Medical and sanitary report of the native army of Bengal for the year
Year: 1877
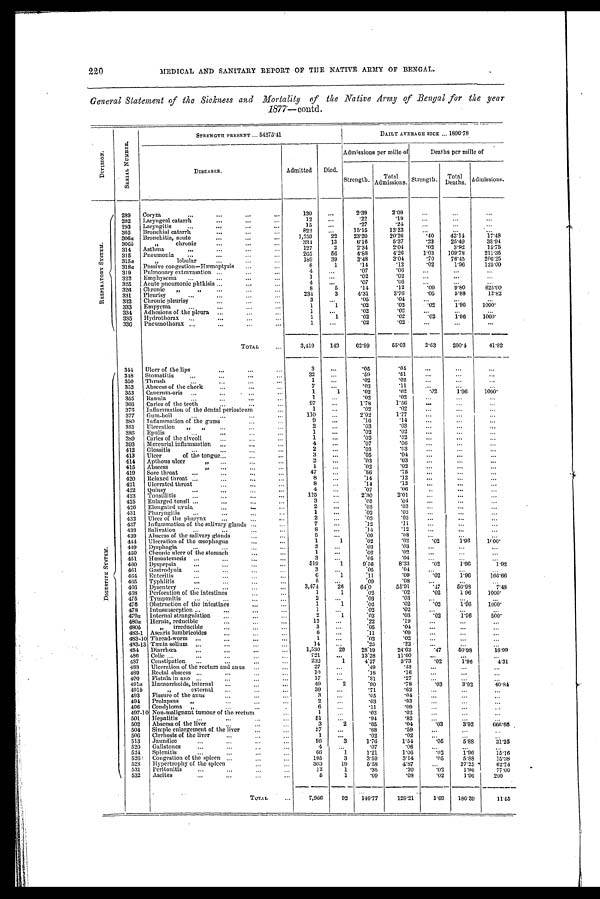
220 MEDICAL AND SANITARY REPORT OF THE NATIVE ARMY OF BENGAL.
General Statement of the Sickness and Mortality of the Native Army of Bengal for the year
1877—contd.
D I V I S I O N
S E R I A L N U M B E R .
S T R E N G T H P R E S E N T . . . 5 4 2 7 5 . 4 1
DAILY AVERAGE SICK ... 1896.78
Admissions per mille of
Deaths per mille of
DISEASES.
Admitted Died.
Strength. Total
Admissions.
Strength.
T o t a l D e a t h s . Admissions.
R E S P I R A T O R Y S Y S T E M
289 Coryza
...
... ... ...
130 ...
2 . 3 9
2 . 0 9
...
...
...
12 ...
. 2 2
. 1 9
...
. . . ...
292 Laryngeal catarrh
... ...
15 ...
. 2 7
. 2 4
. . .
...
...
293 Laryngitis
...
... ...
822 ...
1 5 . 1 5
1 3 . 2 3
...
...
...
305 Bronchial catarrh
... ...
1,259
22 2 3 . 2 0
2 0 . 2 6
. 4 0
4 3 . 1 4
1 7 . 4 8
306a Bronchitis, acute
... ... ...
334
13
6 . 1 6
5 . 3 7
. 2 3
2 5 . 4 9
3 8 . 9 4
300b
" chronic
...
...
...
127
2
2.34
2 . 0 4
. 0 2
3 . 9 2
1 5 . 7 5
314 Asthma
...
...
...
2 6 5
56
4 . 8 8
4 . 2 6
1 . 0 3
1 0 9 . 7 8
2 1 1 . 3 5
315 Pneumonia ...
... ... ...
189
39
3 . 4 8
3 . 0 4
. 7 0
7 6 . 4 5
2 0 6 . 2 5
315a
" l o b u l a r
8
1
. 1 4
. 1 2
.02
1 . 9 6
1 2 5 . 0 0
318a Passive congestion—Hæmoptysis ... ...
4 ...
. 0 7
. 0 6
. . . ...
...
319 Pulmonary extravasation ...
...
1 ... .2
. 0 2
. . . ...
...
322 Emphysema ...
... ... ...
4 ...
. 0 7
. 0 6
. . .
...
...
325 Acute pneumonic phthisis ...
...
...
8
5
. 1 4
. 1 2
. 0 9
9 . 8 0
6 2 5 . 0 0
326 Chronic "
" . . .
. . .
234
3
4 . 3 1
3 . 7 6
. 0 5
5 . 8 8
1 2 . 8 2
331 Pleurisy
.
..
...
3 ...
. 0 5
. 0 4
...
. . . ...
332 Chronic pleurisy
. . .
. . .
. . .
1
1
. 0 2
. 0 2
.02
1 . 9 6
1 0 0 0 .
333 Empyema
...
. . .
. . .
. . .
1
...
. 0 2
. 0 2
...
...
...
334 Adhesions of the pleura ...
...
. . .
1
1
. 0 2
. 0 2
. 0 2 1 . 9 6 1000.
335 Hydrothorax
1 ...
. 0 2
. 0 2
...
...
...
330 Pneumothorax ...
. . .
. . .
. . .
TOTAL
...
3,419 143 62.99
5 5 . 0 3
2.63
2 8 0 . 4
41.82
D I G E S T I V E S Y S T E M .
314 Ulcer of the lips..
3 ...
. 0 5
. 0 4
...
...
...
348 Stomatitis
...
. . .
. . .
. . .
32 ...
. 5 9
. 5 1
...
...
...
350 Thrush
...
...
...
1 ...
. 0 2
. 0 2
...
...
...
352 Abscess of the cheek
...
...
...
7 ...
. 0 3
.11
...
...
...
353
C a n c r u m - o r i s
1
1
. 0 2
.02
. 0 2 1.96 1000.
355 Ranula...
...
...
1
. . .
. 0 2
. 0 2
...
...
...
366 Caries of the teeth . . .
. . .
97 ...
1 . 7 8
1 . 5 6
...
...
...
376 Inflammation of the dental periosteum . . .
1 ...
. 0 2
. 0 2
...
...
...
377 Gum-boil...
...
. . .
1 1 0 ...
2 . 0 2
1 . 7 7 ...
...
...
380 Inflammation of the gums
9 ...
. 1 6
. 1 4
. . .
. . .
...
381 Ulceration " "
. . .
. . .
2 ...
. 0 3
. 0 3
. . .
. . .
...
386 Epulis
. . .
. . .
. . .
1 ...
. 0 2
. 0 2
...
. . . ...
389 Caries of the alveoli...
...
1 ...
. 0 2
. 0 2
...
...
...
393 Mercurial inflammation ...
...
...
4 ...
. 0 7
. 0 6
...
... ...
412 Glossitis
...
. . .
. . .
. . .
2 ...
. 0 3
. 0 3
. . .
...
...
413 Ulcer of the tongue...
. . .
3 ...
. 0 5
. 0 4
. . .
...
...
414 Apthous ulcer " ...
2 ...
. 0 3
. 0 3
. . .
...
...
415 Abscess " ...
1 ...
. 0 2
. 0 2
...
...
...
419 Sore throat ......
...
...
47 ...
. 8 6
. 7 5
...
...
. . .
420 Relaxed throat .......
8 ...
. 1 4
. 1 2
...
...
. . .
421 Ulcerated throat
...
. . .
8 ...
. 1 4
. 1 2
...
...
. . .
422 Quinsy
...
...
. . .
4 ...
. 0 7
. 0 6
. . .
. . .
. . .
423 Tonsillitis.. .
125 ...
2 . 3 0
2.01
...
. . .
. . .
425 Enlarged tonsil ...
...
...
3 ...
. 0 5
. 0 4
...
. . .
...
426 Elongated uvula
...
.. . . .
2 ...
. 0 3
. 0 3
. . .
. . .
. . .
431 Pharyngitis ...
...
1 ...
. 0 2
. 0 2
...
. . .
. . .
432 Ulcer of the pharynx... . . .
. . .
2 ...
. 0 3
. 0 3
. . .
. . .
. . .
437 Inflammation of the salivary glands ...
7 ...
. 1 2
. 1 l
...
. . .
...
438 Salivation
...
. . .
. . .
8 ...
. 1 4
. 1 2
. . .
...
...
439 Abscess of the salivary glands ...
...
5
. . .
. 0 9
. 0 8
...
. . . ...
444 Ulceration of the œsophagus
...
...
1
1
. 0 2
. 0 2
. 0 2 1.96
1 0 0 0 .
449 Dysphagia . . . .
...
2 ...
. 0 3
. 0 3
...
...
...
450 Chronic ulcer of the stomach . . .
. . .
1
. . .
. 0 2
. 0 2
...
...
...
451 Hæmatemesis ......
. . .
. . .
3 ...
. 0 5
. 0 4
. . .
...
...
460 Dyspepsia
...
...
...
...
519
1
9 . 5 6
8.33
. 0 2 1.96
1.92
461 Gastrodynia ...
...
. . .
. . .
3 ...
. 0 5
. 0 4 ...
...
...
464 Enteritis
...
...
...
6
1
. 1 1
. 0 9
. 0 2 1.96
166.66
465 Typhlitis
. .
. . .
. . .
. . .
5 ...
. 0 9
. 0 8
...
...
...
466 Dysentery...
3,474
26 6 4 . 0
55.91
. 4 7 50.98
7.48
468 Perforation of the intestines
...
1
1
. 0 2
. 0 2
. 0 2 1.96 1 0 0 0 .
475 Tympanitis ... . ...... . . .
2
. . .
. 0 3
. 0 3
...
....
...
476 Obstruction of the intestines
...
1
1
. 0 2
. 0 2
. 0 2 1.96 1 0 0 0 .
478 Intussusception ...
...
...
...
1
...
. 0 2
. 0 2
...
...
...
479a Internal strangulation.
...
2
1
. 0 3
. 0 3
. 0 2 1.96
500.
480a Hernia, reducible
...
...
12 ...
. 2 2
. 1 9
...
...
...
480 b
" i r r e d u c i b l e
3
. . .
. 0 5
. 0 4 ...
...
...
483-1 Asearis lumbricoides...
...
...
6 ...
. 1 1
. 0 9
...
...
...
483-10 Thread-worm ...
...
...
...
1 ...
. 0 2
. 0 2 ...
...
...
483-13 Tænia solium . . .
14 ...
. 2 5
. 2 2 ...
. . . ...
484 Diarrliœa
...
...
...
...
1,530
26 28.19
24.62
. 4 7 50.98
16.99
486 Colic ...
...
. . .
721 ...
13.28
11.60
. . . ...
...
487 Constipation ...
...
...
...
232
1
4.27
3.73
. 0 2
1 . 9 6 4.31
488 Ulceration of the rectum and anus ......
27
. . .
. 4 9
. 4 3
. . .
. . . ...
489 Rectal abscess ...
...... '"
10
. . .
. 1 8
. 1 6
. . .
. . . ...
490
F i s t u l a i n a n o
1 0 ...
. 8 1
. 1 6
. . . ... ...
491a
Hæmorrhoids, internal ...
49
2
. 9 0
. 7 8
. 0 3
3.92
40.84
491b
" e x t e r n a l
. . .
. . .
. . .
39 ...
. 7 1
. 6 2
...
... ...
493 Fissure of the anus
...
. . .
. . .
3
. . .
. 0 5
. 0 4 ...
. . . ...
494 Prolapsus „
. . . . . .
2
. . .
. 0 3
. 0 3
...
... ...
496 Condyloma " ...
"'
6
. . .
. 1 1
. 0 9
...
...
...
497-10 Non-malignant tumour of the rectum
...
1
...
.02
. 0 2 ...
...
...
501 Hepatitis...
...
51 ...
. 9 4
. 8 2
...
... ...
502 Abscess of the liver
...
...
3
2
. 0 5
. 0 4
. 0 3
3.92
666.66
504 Simple enlargement of the liver
...
3 7
. . .
. 6 8
. 5 9
...
...
. . .
506 Cirrhosis of the liver...
...
1 ...
. 0 2
. 0 2 ...
...
...
513 Jaundice
... ...
96
3
1.76
1.54
. 0 5
5.88
3 1 . 2 5
520 Gallstones
...
...
4
. . .
. 0 7
. 0 6 ...
...
...
524 Splenitis. ..
66
1
1.21
1.06
. 0 2
1.96
15.16
526 Congestion of the spleen ... ...
195
3
3.59
3.14
. 0 5
5.88
15.38
528 Hypertrophy of the spleen...
3 0 3 19
5.58
4.87
...
37.25
6 2 . 7 4
531 Peritonitis
...
...
13
1
. 3 5
. 2 0
. 0 2
1.96
77.00
532 Ascites
...
...
...
5
1
. 0 9
. 0 8
. 0 2
1.96
200
ToTAL
7,966
92 1 4 6 . 7 7
128.21
1 . 6 9
180.39
11.55